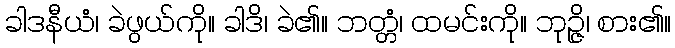
ခါဒနီယံ၊ ခဲဖွယ်ကို။ ခါဒိ၊ ခဲ၏။ ဘတ္တံ၊ ထမင်းကို။ ဘုဉ္ဇိ၊ စား၏။